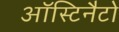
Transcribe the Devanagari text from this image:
ऑस्टिनैटो